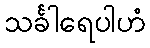
သင်္ခါရေပါဟံ